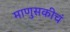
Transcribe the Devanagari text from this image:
माणुसकीचं